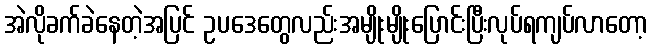
အဲလိုခက်ခဲနေတဲ့အပြင် ဥပဒေတွေလည်းအမျိုးမျိုးပြောင်းပြီးလုပ်ရကျပ်လာတော့